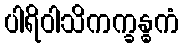
ပါရိဝါသိကက္ခန္ဓကံ